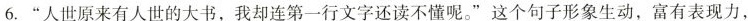
6.”人世原来有人世的大书，我却连第一行文字还读不懂呢。”这个句子形象生动，富有表现力，